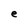
Character: e